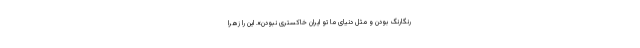
رنگارنگ بودن و مثل دنیای ما تو ایران خاکستری نبودن».‌ این را زهرا